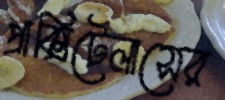
প্রাক্সিটেলাসের